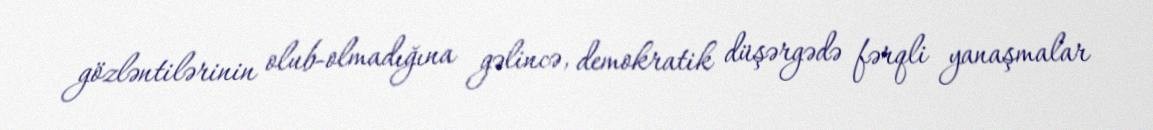
gözləntilərinin olub-olmadığına gəlincə, demokratik düşərgədə fərqli yanaşmalar